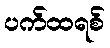
ပက်ထရစ်